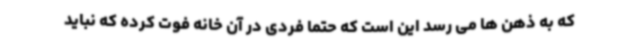
که به ذهن ها می رسد این است که حتما فردی در آن خانه فوت کرده که نباید